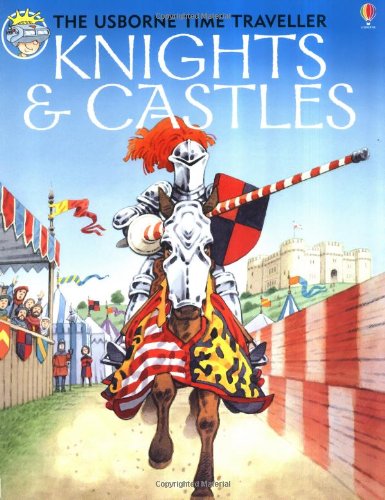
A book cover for Knights and Castles (Usborne Time Traveler); Judy Hindley; Children's Books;